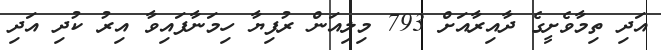
އަދި ތިމާވެށީގެ ދާއިރާއަށް 793 މިލިއަން ރުުފިޔާ ހިމަނާފައިވާ އިރު ކުދި އަދި